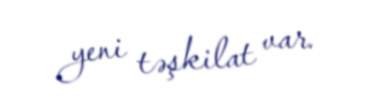
yeni təşkilat var.